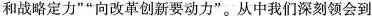
和战略定力””向改革创新要动力”。从中我们深刻领会到